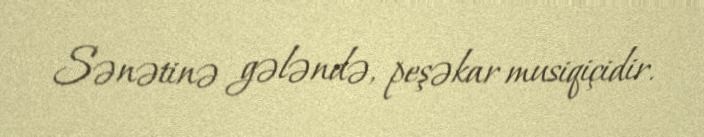
Sənətinə gələndə, peşəkar musiqiçidir.